Document type: Grant
Year: 1403
Scribe: Berenguer Pedrosell
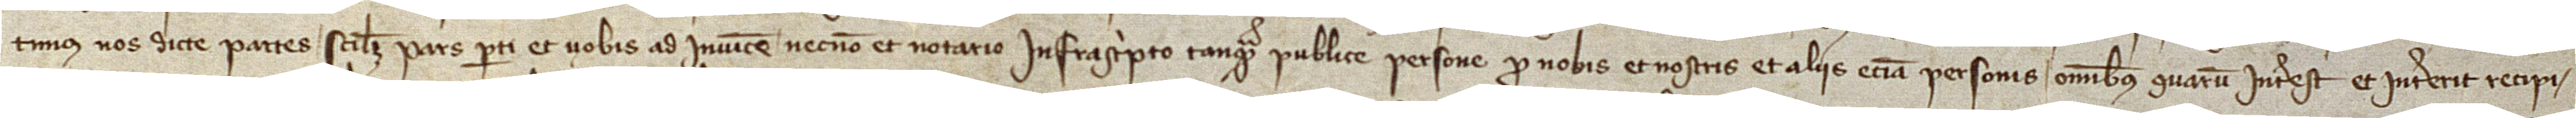
timus nos dicte partes, scilicet, pars parti et vobis ad invicem necnon et notario infrascripto tanquam publice persone pro nobis et nostris et aliis etiam personis omnibus quarum interest et intererit recipi-